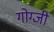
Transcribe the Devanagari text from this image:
गोग्जी